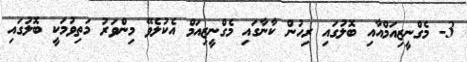
3- މެގްނީޒިއަމްއާއި ބޮލުގައި ރިހުން ކާނާގައި މެގްނީޒިއަމް އެކުލެވޭ މިންވަރު މަތިވުމަކީ ބޮލުގައި